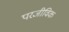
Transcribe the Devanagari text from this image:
परजीविक